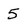
Character: 5